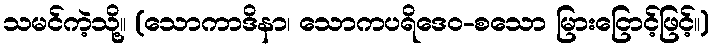
သမင်ကဲ့သို့။ (သောကာဒိနာ၊ သောကပရိဒေဝ-စသော မြားငြောင့်ဖြင့်။)